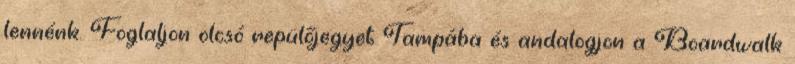
lennénk. Foglaljon olcsó repülőjegyet Tampába és andalogjon a Boardwalk